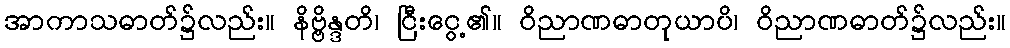
အာကာသဓာတ်၌လည်း။ နိဗ္ဗိန္ဒတိ၊ ငြီးငွေ့၏။ ဝိညာဏဓာတုယာပိ၊ ဝိညာဏဓာတ်၌လည်း။